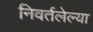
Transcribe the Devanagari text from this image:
निवर्तलेल्या